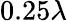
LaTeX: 0.25\lambda